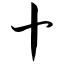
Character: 十